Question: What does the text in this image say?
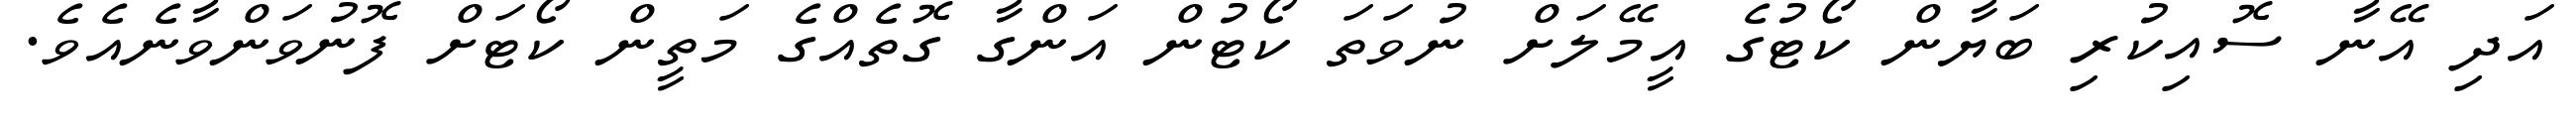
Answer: އަދި އޭނާ ސޮއިކުރި ބަޔާން ކޯޓުގެ އީމޭލަށް ނުވަތަ ކޯޓުން އަންގާ ގޮތެއްގެ މަތީން ކޯޓަށް ފޮނުވަންވާނެއެވެ.